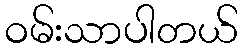
ဝမ်းသာပါတယ်